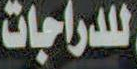
للدراجات